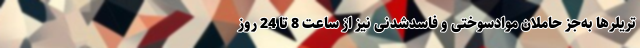
تریلرها به‌جز حاملان موادسوختی و فاسدشدنی نیز از ساعت 8 تا 24 روز